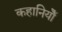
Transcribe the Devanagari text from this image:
कहानियोँ